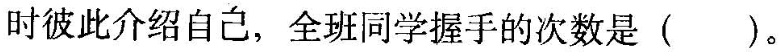
时彼此介绍自己，全班同学握手的次数是( )。